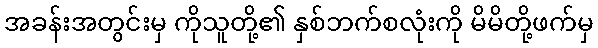
အခန်းအတွင်းမှ ကိုသူတို့၏ နှစ်ဘက်စလုံးကို မိမိတို့ဖက်မှ